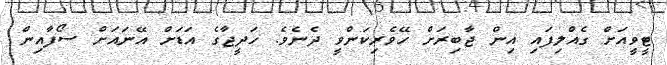
ޓީވީއަށް ގެއްލިފައި އިން ޖާބިރަށް ހޭވެރިކަންވީ ދެނެވެ. ހަދީޖާގެ އަޑަށް އޭނައަށް ސޯފާއިން